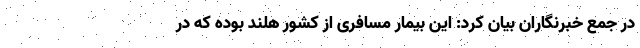
در جمع خبرنگاران بیان کرد: این بیمار مسافری از کشور هلند بوده که در